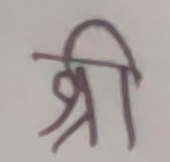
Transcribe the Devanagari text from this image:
श्री